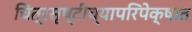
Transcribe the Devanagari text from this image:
चित्रसृष्टीच्यापरिपेक्षात